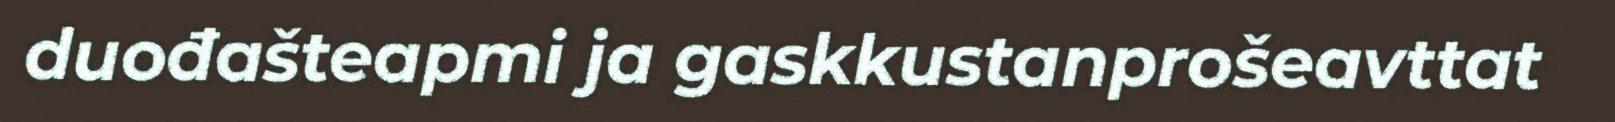
duođašteapmi ja gaskkustanprošeavttat